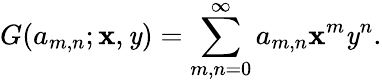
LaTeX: G(a_{m,n};\mathbf{x},\mathit{y})=\sum_{m,n=0}^{\infty}a_{m,n}\mathbf{x}^{m}\mathit{y}^{n}.